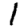
Digit: 1